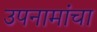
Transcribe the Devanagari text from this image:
उपनामांचा